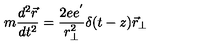
m { \frac { d ^ { 2 } \vec { r } } { d t ^ { 2 } } } = { \frac { 2 e e ^ { ' } } { r _ { \perp } ^ { 2 } } } \delta ( t - z ) { } { \vec { r } } _ { \perp }